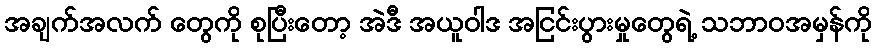
အချက်အလက် တွေကို စုပြီးတော့ အဲဒီ အယူဝါဒ အငြင်းပွားမှုတွေရဲ့ သဘာဝအမှန်ကို